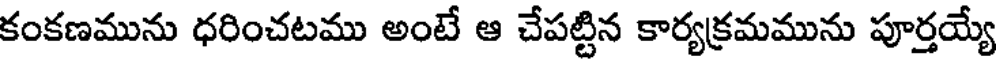
కంకణమును ధరించటము అంటే ఆ చేపట్టిన కార్యక్రమమును పూర్తయ్యే